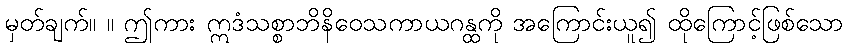
မှတ်ချက်။ ။ ဤကား ဣဒံသစ္စာဘိနိဝေသကာယဂန္ထကို အကြောင်းယူ၍ ထိုကြောင့်ဖြစ်သော